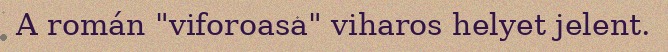
A román "viforoasa" viharos helyet jelent.